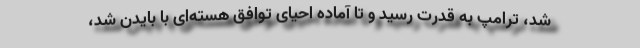
شد، ترامپ به قدرت رسید و تا آماده احیای توافق هسته‌ای با بایدن شد،